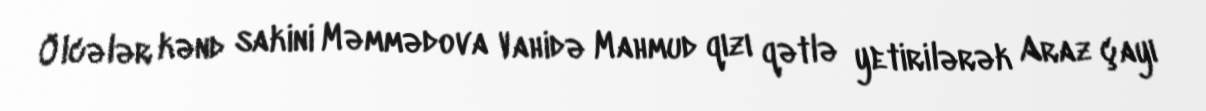
Ölcələr kənd sakini Məmmədova Vahidə Mahmud qızı qətlə yetirilərək Araz çayı